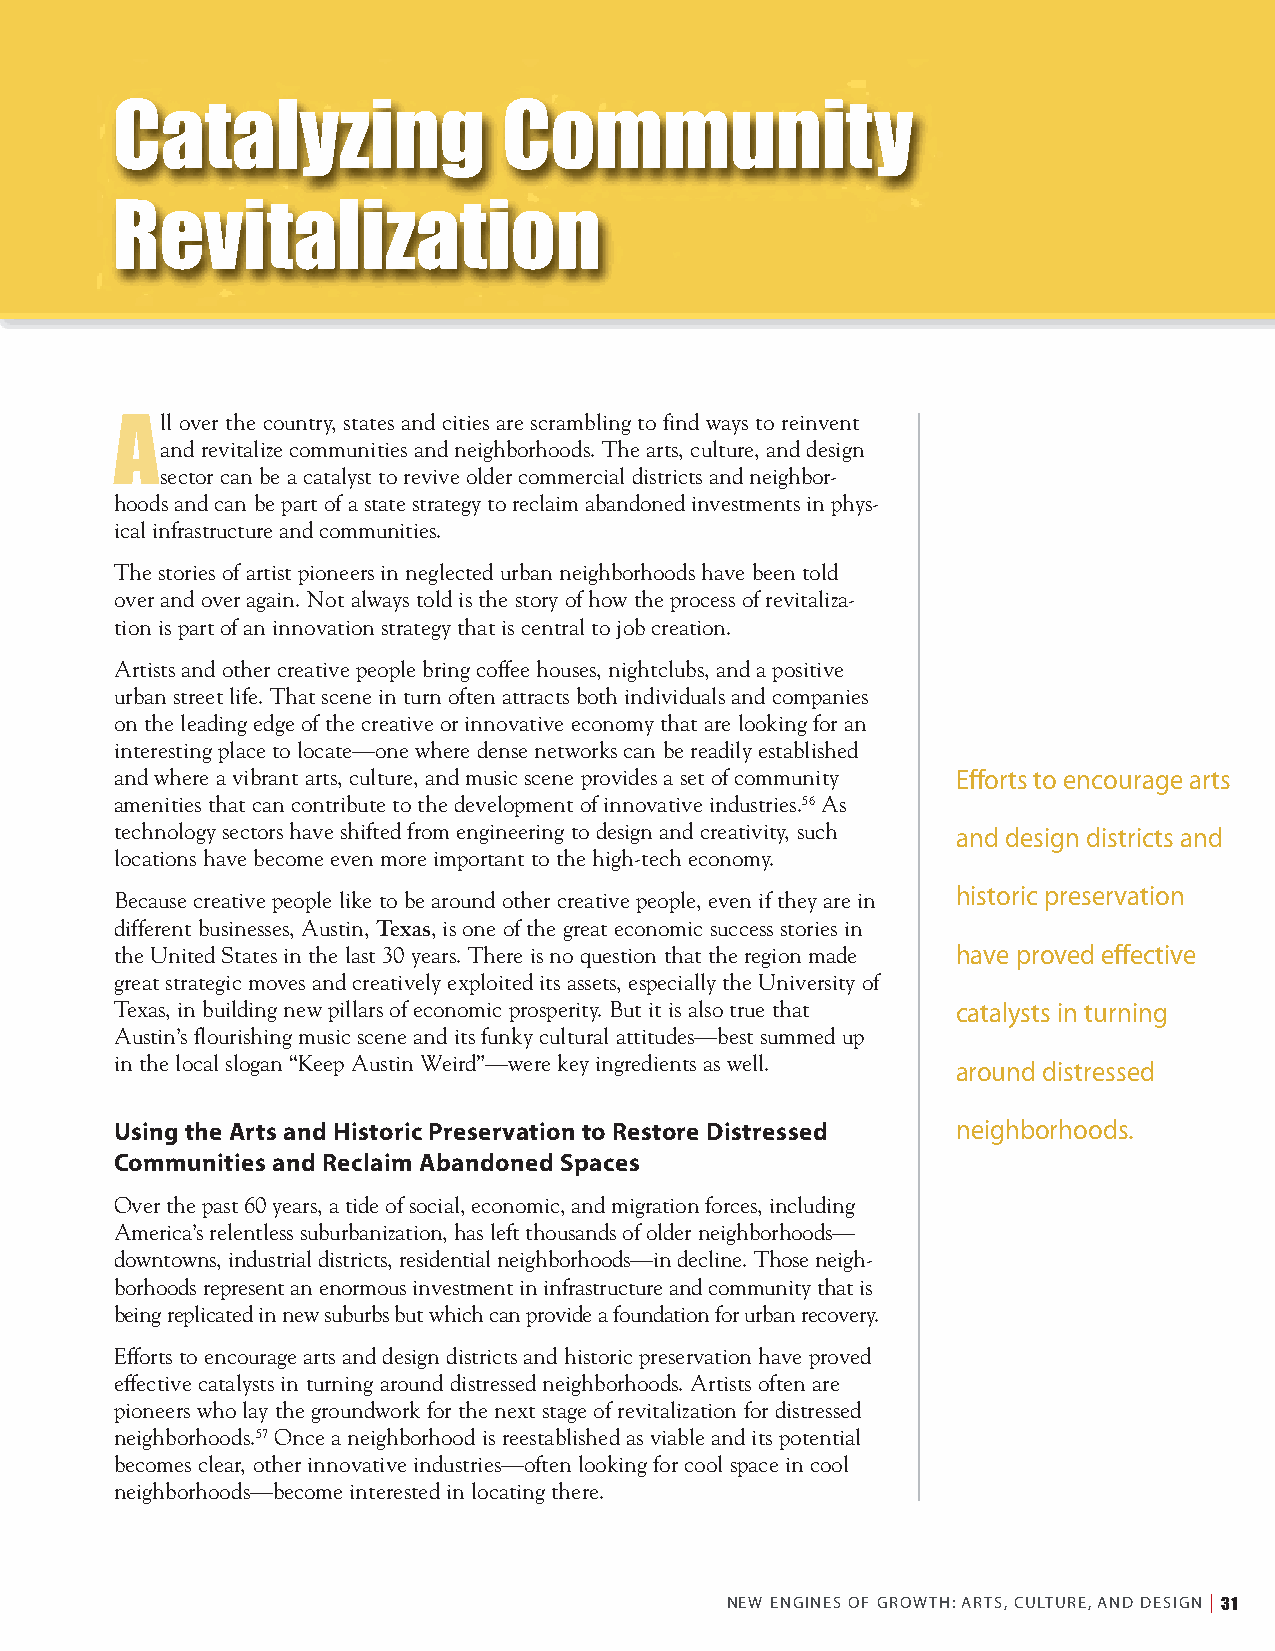
Catalyzing                Community
 Revitalization
 ll over the country, states and cities are scrambling to find ways to reinvent
 Aand revitalize communities and neighborhoods. The arts, culture, and design
 sector can be a catalyst to revive older commercial districts and neighbor-
 hoods and can be part of a state strategy to reclaim abandoned investments in phys-
 ical infrastructure and communities.
 The stories of artist pioneers in neglected urban neighborhoods have been told
 over and over again. Not always told is the story of how the process of revitaliza-
 tion is part of an innovation strategy that is central to job creation.
 Artists and other creative people bring coffee houses, nightclubs, and a positive
 urban street life. That scene in turn often attracts both individuals and companies
 on the leading edge of the creative or innovative economy that are looking for an
 interesting place to locate—one where dense networks can be readily established
 and where a vibrant arts, culture, and music scene provides a set of community Efforts to encourage arts
 amenities that can contribute to the development of innovative industries.56As
 technology sectors have shifted from engineering to design and creativity, such
 and design districts and
 locations have become even more important to the high-tech economy.
 Because creative people like to be around other creative people, even if they are in historic preservation
 different businesses, Austin, Texas, is one of the great economic success stories in
 the United States in the last 30 years. There is no question that the region made have proved effective
 great strategic moves and creatively exploited its assets, especially the University of
 Texas, in building new pillars of economic prosperity. But it is also true that catalysts in turning
 Austin’s flourishing music scene and its funky cultural attitudes—best summed up
 in the local slogan “Keep Austin Weird”—were key ingredients as well.
 around distressed
 Using the Arts and Historic Preservation to Restore Distressed neighborhoods.
 Communities and Reclaim Abandoned Spaces
 Over the past 60 years, a tide of social, economic, and migration forces, including
 America’s relentless suburbanization, has left thousands of older neighborhoods—
 downtowns, industrial districts, residential neighborhoods—in decline. Those neigh-
 borhoods represent an enormous investment in infrastructure and community that is
 being replicated in new suburbs but which can provide a foundation for urban recovery.
 Efforts to encourage arts and design districts and historic preservation have proved
 effective catalysts in turning around distressed neighborhoods. Artists often are
 pioneers who lay the groundwork for the next stage of revitalization for distressed
 neighborhoods.57Once a neighborhood is reestablished as viable and its potential
 becomes clear, other innovative industries—often looking for cool space in cool
 neighborhoods—become interested in locating there.
 NEW ENGINES OF GROWTH: ARTS, CULTURE, AND DESIGN | 31